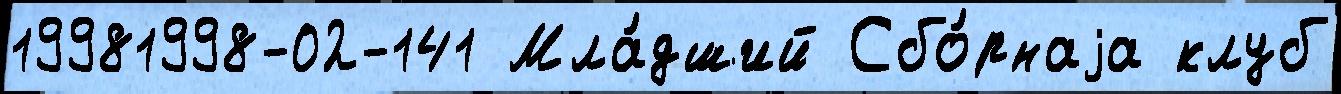
19981998-02-141 Мла́дший Сбо́рнаjа клуб